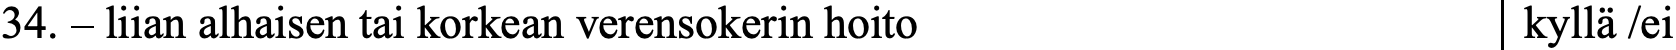
34. – liian alhaisen tai korkean verensokerin hoito kyllä /ei